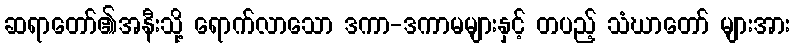
ဆရာတော်၏အနီးသို့ ရောက်လာသော ဒကာ-ဒကာမများနှင့် တပည့် သံဃာတော် များအား